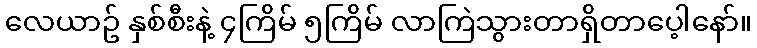
လေယာဥ် နှစ်စီးနဲ့ ၄ကြိမ် ၅ကြိမ် လာကြဲသွားတာရှိတာပေ့ါနော်။